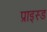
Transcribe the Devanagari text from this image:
प्राइस्ड